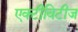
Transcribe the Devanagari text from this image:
एक्टीविटीज